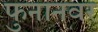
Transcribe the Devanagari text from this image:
फुनानवर